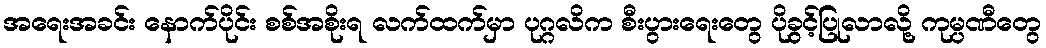
အရေးအခင်း နောက်ပိုင်း စစ်အစိုးရ လက်ထက်မှာ ပုဂ္ဂလိက စီးပွားရေးတွေ ပိုခွင့်ပြုလာလို့ ကုမ္ပဏီတွေ